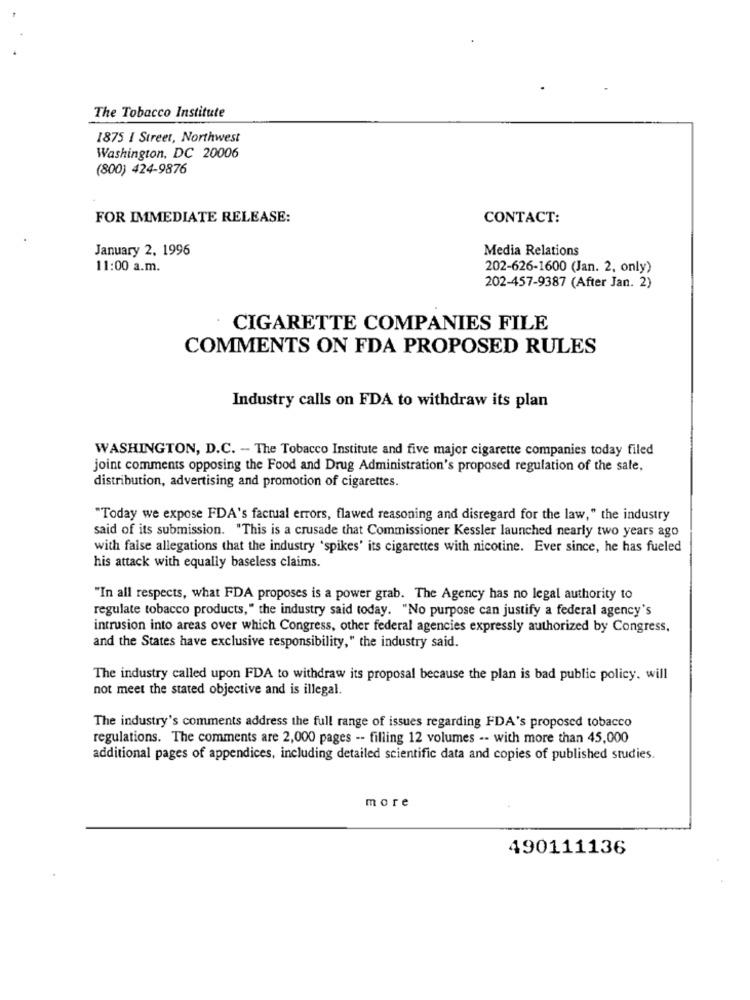
The Tobacco Institute
1875 I Street, Northwest
Washington, DC 20006
(800) 424-9876
FOR IMMEDIATE RELEASE:
CONTACT:
January 2, 1996
Media Relations
11:00 a.m.
202-626-1600 (Jan. 2, only)
202-457-9387 (After Jan. 2)
CIGARETTE COMPANIES FILE
COMMENTS ON FDA PROPOSED RULES
Industry calls on FDA to withdraw its plan
WASHINGTON, D.C. - The Tobacco Institute and five major cigarette companies today filed
joint comments opposing the Food and Drug Administration's proposed regulation of the sale,
distribution, advertising and promotion of cigarettes.
"Today we expose FDA's factual errors, flawed reasoning and disregard for the law," the industry
said of its submission. "This is a crusade that Commissioner Kessler launched nearly two years ago
with false allegations that the industry 'spikes' its cigarettes with nicotine. Ever since, he has fueled
his attack with equally baseless claims.
"In all respects, what FDA proposes is a power grab. The Agency has no legal authority to
regulate tobacco products," the industry said today. "No purpose can justify a federal agency's
intrusion into areas over which Congress, other federal agencies expressly authorized by Congress,
and the States have exclusive responsibility," the industry said.
The industry called upon FDA to withdraw its proposal because the plan is bad public policy. will
not meet the stated objective and is illegal.
The industry's comments address the full range of issues regarding FDA's proposed tobacco
regulations. The comments are 2,000 pages -- filling 12 volumes -- with more than 45,000
additional pages of appendices, including detailed scientific data and copies of published studies.
more
490111136